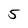
Character: 5